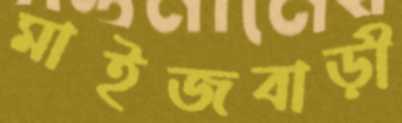
মাইজবাড়ী